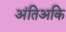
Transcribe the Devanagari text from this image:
अंतिअकि